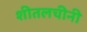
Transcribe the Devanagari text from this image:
शीतलचीनी